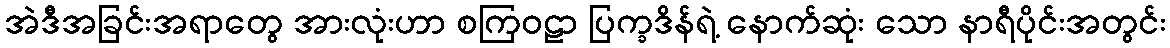
အဲဒီအခြင်းအရာတွေ အားလုံးဟာ စကြဝဠာ ပြက္ခဒိန်ရဲ့ နောက်ဆုံး သော နာရီပိုင်းအတွင်း